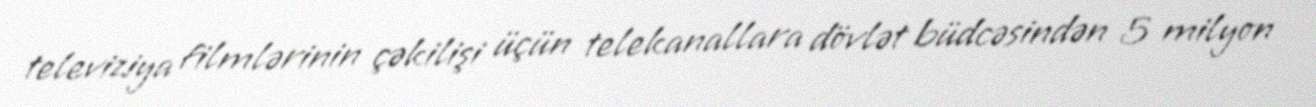
televiziya filmlərinin çəkilişi üçün telekanallara dövlət büdcəsindən 5 milyon